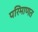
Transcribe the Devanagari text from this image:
परिमाणत